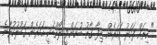
" ކިތައް ފަހަރު އަހަރެން ޒިފާ ގާތު ބުނަންވީ ލޯތްބަކީ އަހަރެން ޤަބޫލުކުރާނެ